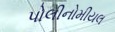
પોલીનોમીયલ